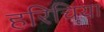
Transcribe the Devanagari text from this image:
हरिचिया